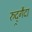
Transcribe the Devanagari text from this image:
रुद्र्गैदा